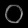
Digit: ၀